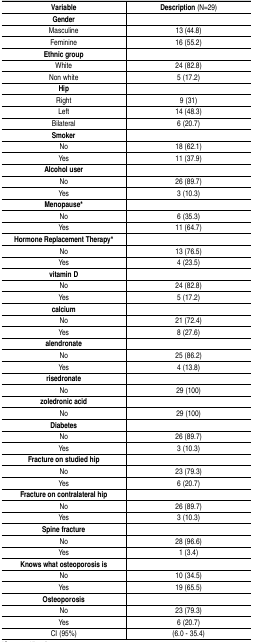
<table><thead><tr><td><b>Variable</b></td><td><b>Description (N=29)</b></td></tr></thead><tbody><tr><td>Gender</td><td></td></tr><tr><td>Masculine</td><td>13 (44.8)</td></tr><tr><td>Feminine</td><td>16 (55.2)</td></tr><tr><td>Ethnic group</td><td></td></tr><tr><td>White</td><td>24 (82.8)</td></tr><tr><td>Non white</td><td>5 (17.2)</td></tr><tr><td>Hip</td><td></td></tr><tr><td>Right</td><td>9 (31)</td></tr><tr><td>Left</td><td>14 (48.3)</td></tr><tr><td>Bilateral</td><td>6 (20.7)</td></tr><tr><td>Smoker</td><td></td></tr><tr><td>No</td><td>18 (62.1)</td></tr><tr><td>Yes</td><td>11 (37.9)</td></tr><tr><td>Alcohol user</td><td></td></tr><tr><td>No</td><td>26 (89.7)</td></tr><tr><td>Yes</td><td>3 (10.3)</td></tr><tr><td>Menopause*</td><td></td></tr><tr><td>No</td><td>6 (35.3)</td></tr><tr><td>Yes</td><td>11 (64.7)</td></tr><tr><td>Hormone Replacement Therapy*</td><td></td></tr><tr><td>No</td><td>13 (76.5)</td></tr><tr><td>Yes</td><td>4 (23.5)</td></tr><tr><td>vitamin D</td><td></td></tr><tr><td>No</td><td>24 (82.8)</td></tr><tr><td>Yes</td><td>5 (17.2)</td></tr><tr><td>calcium</td><td></td></tr><tr><td>No</td><td>21 (72.4)</td></tr><tr><td>Yes</td><td>8 (27.6)</td></tr><tr><td>alendronate</td><td></td></tr><tr><td>No</td><td>25 (86.2)</td></tr><tr><td>Yes</td><td>4 (13.8)</td></tr><tr><td>risedronate</td><td></td></tr><tr><td>No</td><td>29 (100)</td></tr><tr><td>zoledronic acid</td><td></td></tr><tr><td>No</td><td>29 (100)</td></tr><tr><td>Diabetes</td><td></td></tr><tr><td>No</td><td>26 (89.7)</td></tr><tr><td>Yes</td><td>3 (10.3)</td></tr><tr><td>Fracture on studied hip</td><td></td></tr><tr><td>No</td><td>23 (79.3)</td></tr><tr><td>Yes</td><td>6 (20.7)</td></tr><tr><td>Fracture on contralateral hip</td><td></td></tr><tr><td>No</td><td>26 (89.7)</td></tr><tr><td>Yes</td><td>3 (10.3)</td></tr><tr><td>Spine fracture</td><td></td></tr><tr><td>No</td><td>28 (96.6)</td></tr><tr><td>Yes</td><td>1 (3.4)</td></tr><tr><td>Knows what osteoporosis is</td><td></td></tr><tr><td>No</td><td>10 (34.5)</td></tr><tr><td>Yes</td><td>19 (65.5)</td></tr><tr><td>Osteoporosis</td><td></td></tr><tr><td>No</td><td>23 (79.3)</td></tr><tr><td>Yes</td><td>6 (20.7)</td></tr><tr><td>CI (95%)</td><td>(6.0 - 35.4)</td></tr></tbody></table>